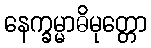
နေက္ခမ္မာဓိမုတ္တော